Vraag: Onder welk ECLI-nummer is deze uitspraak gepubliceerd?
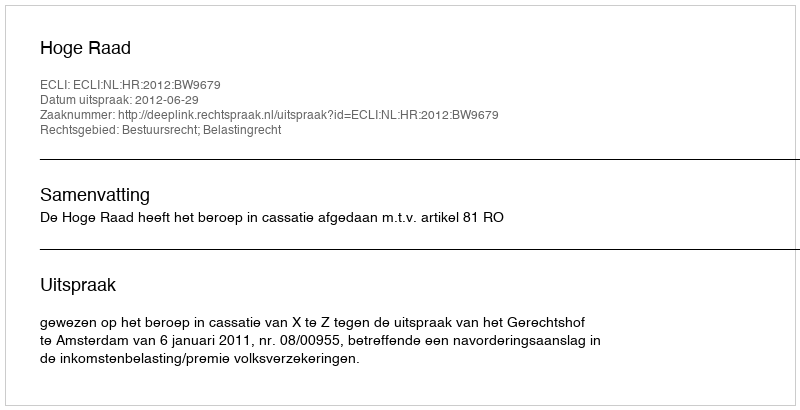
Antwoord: ECLI:NL:HR:2012:BW9679